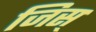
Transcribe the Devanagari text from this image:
जिस्